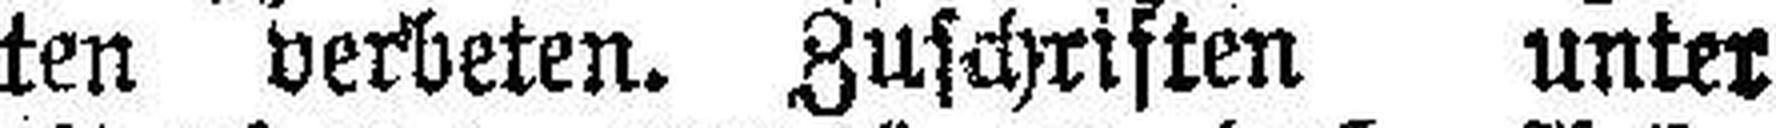
ten verbeten. Zuschriften unter